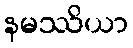
နမဿိယာ